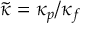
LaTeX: { \tilde { \kappa } } = \kappa _ { p } / \kappa _ { f }